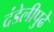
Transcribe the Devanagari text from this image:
दंडेलीपुढे